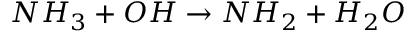
N H _ { 3 } + O H \rightarrow N H _ { 2 } + H _ { 2 } O